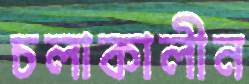
চলাকালীন